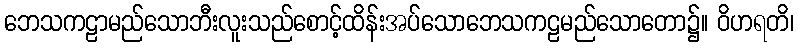
ဘေသကဠာမည်သောဘီးလူးသည်စောင့်ထိန်းအပ်သောဘေသကဠမည်သောတော၌။ ဝိဟရတိ၊